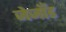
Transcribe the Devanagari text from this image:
जेजाँड